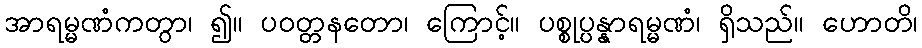
အာရမ္မဏံကတွာ၊ ၍။ ပဝတ္တနတော၊ ကြောင့်။ ပစ္စုပ္ပန္နာရမ္မဏံ၊ ရှိသည်။ ဟောတိ၊